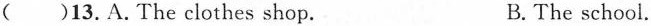
()13.A.The clothes shop. B. The school.